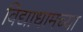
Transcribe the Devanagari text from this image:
विद्याधामच्या